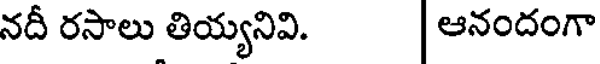
నదీ రసాలు తియ్యనివి. ఆనందంగా